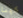
كينا